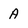
Character: A